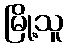
မြို့သူ